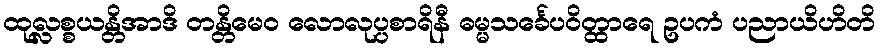
ထုလ္လစ္စယန္တိအာဒိ တန္တိမေဝ လောလုပ္ပစာရိနီ ဓမ္မသင်္ခေပဝိတ္ထာရေ ဥပကံ ပညာယိဟိတိ